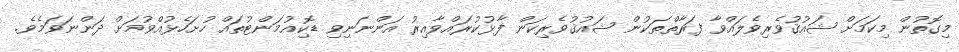
މިގޮތުން މިކަމަށް ޝައުޤުވެރިވެލައްވާ ފަރާތްތަކުން ޝައުޤުވެރިކަން ފާޅުކުރައްވާއިރު އަންނަނިވި ޑޮކިއުމަންޓުތައް ހުށަހެޅުއްވުމަށް ދަންނަވަމެވެ.